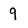
Character: 9